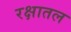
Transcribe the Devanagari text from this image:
रक्षातल